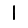
Digit: 1